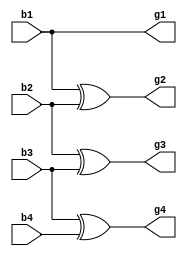
module binary_to_gray(
    input b1,
    input b2,
    input b3,
    input b4,
    output g1,
    output g2,
    output g3,
    output g4
    );
buf(g1,b1);
xor (g2,b1,b2),(g3,b2,b3),(g4,b3,b4);
endmodule

module binary_to_gray_tb;
reg b1,b2,b3,b4;
wire g1,g2,g3,g4;
binary_to_gray bg(b1,b2,b3,b4,g1,g2,g3,g4);

initial 
begin
// Initialize Inputs
b1 = 0;b2 = 0;b3 = 0;b4 = 0;
// Wait 100 ns for global reset to finish
#100;
// Add stimulus here
#100;
b1 = 0;b2 = 0;b3 = 0;b4 = 1;
#100;
b1 = 0;b2 = 0;b3 = 1;b4 = 0;
#100;
b1 = 0;b2 = 0;b3 = 1;b4 = 1;
#100;
b1 = 0;b2 = 1;b3 = 0;b4 = 0;
#100;
b1 = 0;b2 = 1;b3 = 0;b4 = 1;
#100;
b1 = 0;b2 = 1;b3 = 1;b4 = 0;
#100;
b1 = 0;b2 = 1;b3 = 1;b4 = 1;
#100;
b1 = 1;b2 = 0;b3 = 0;b4 = 0;
#100;
b1 = 1;b2 = 0;b3 = 0;b4 = 1;
#100;
b1 = 1;b2 = 0;b3 = 1;b4 = 0;
#100;
b1 = 1;b2 = 0;b3 = 1;b4 = 1;
#100;
b1 = 1;b2 = 1;b3 = 0;b4 = 0;
#100;
b1 = 1;b2 = 1;b3 = 0;b4 = 1;
#100;
b1 = 1;b2 = 1;b3 = 1;b4 = 0;
#100;
b1 = 1;b2 = 1;b3 = 1;b4 = 1;
end
endmodule